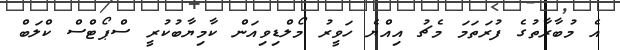
އެ މުބާރާތުގެ ފުރަތަމަ މެޗު އިއްޔެ ހަވީރު މޯލްޑިވިއަން ކާމިޔާބުކުރީ ސްޕޯޓްސް ކްލަބް